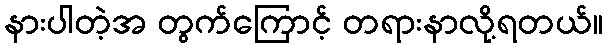
နားပါတဲ့အ တွက်ကြောင့် တရားနာလို့ရတယ်။